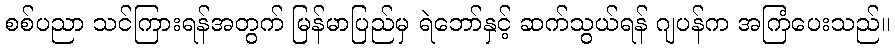
စစ်ပညာ သင်ကြားရန်အတွက် မြန်မာပြည်မှ ရဲဘော်နှင့် ဆက်သွယ်ရန် ဂျပန်က အကြံပေးသည်။